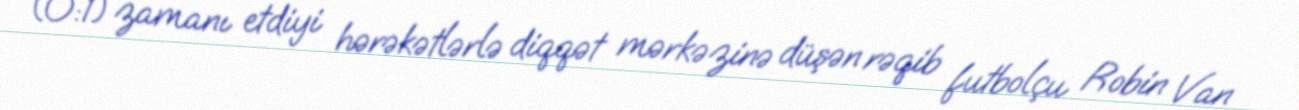
(0:1) zamanı etdiyi hərəkətlərlə diqqət mərkəzinə düşən rəqib futbolçu Robin Van